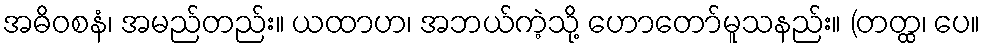
အဓိဝစနံ၊ အမည်တည်း။ ယထာဟ၊ အဘယ်ကဲ့သို့ ဟောတော်မူသနည်း။ (တတ္ထ၊ ပေ။